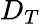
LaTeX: D_{T}